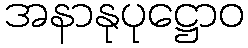
အနာနုပုဋ္ဌောဝ